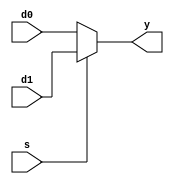
module mux2 
 (input wire [31:0] d0, d1,
 input wire s,
 output wire [31:0] y);
 assign y = s ? d1 : d0;
endmodule